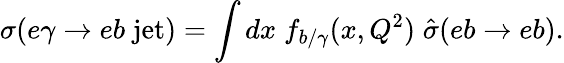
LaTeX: \sigma(e\gamma\to eb\; \mathrm{jet})=\int dx\; f_{b/\gamma}(x,Q^{2})\; \hat{\sigma}(eb\to eb).